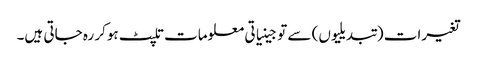
تغیرات (تبدیلیوں) سے تو جینیاتی معلومات تلپٹ ہوکر رہ جاتی ہیں۔